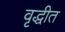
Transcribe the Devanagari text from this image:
वृद्धीत